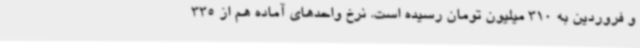
و فروردین به 310 میلیون تومان رسیده است. نرخ واحدهای آماده هم از 335